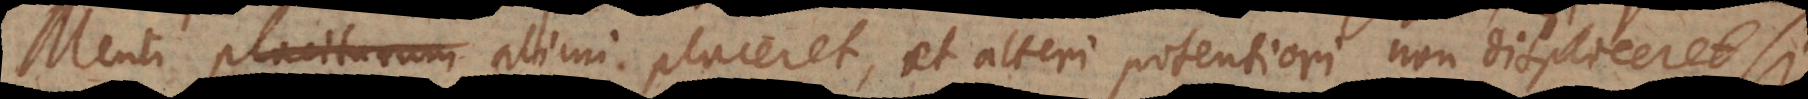
Menti placiturum alicui placeret, et alteri potentiori non displiceret si